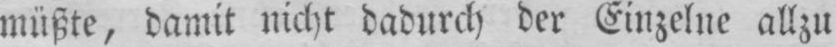
müßte, damit nicht dadurch der Einzelne allzu